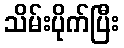
သိမ်းပိုက်ပြီး